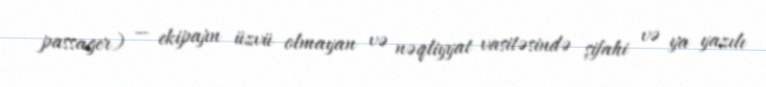
passager) — ekipajın üzvü olmayan və nəqliyyat vasitəsində şifahi və ya yazılı